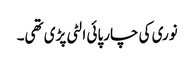
نوری کی چارپائی الٹی پڑی تھی۔